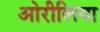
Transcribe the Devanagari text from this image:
ओरीलिया